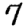
Digit: 7